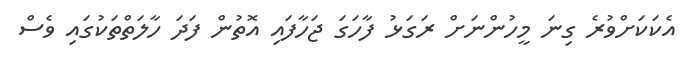
އެކަކަށްވުރެ ގިނަ މީހުންނަށް ރަގަޅު ފާހަގަ ޖަހާފައި އޮތުން ފަދަ ހާލަތްތަކުގައި ވެސް